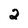
Character: 2